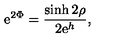
\mathrm { e } ^ { 2 \Phi } = \frac { \sinh 2 \rho } { 2 \mathrm { e } ^ { h } } ,